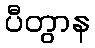
ပီတွာန